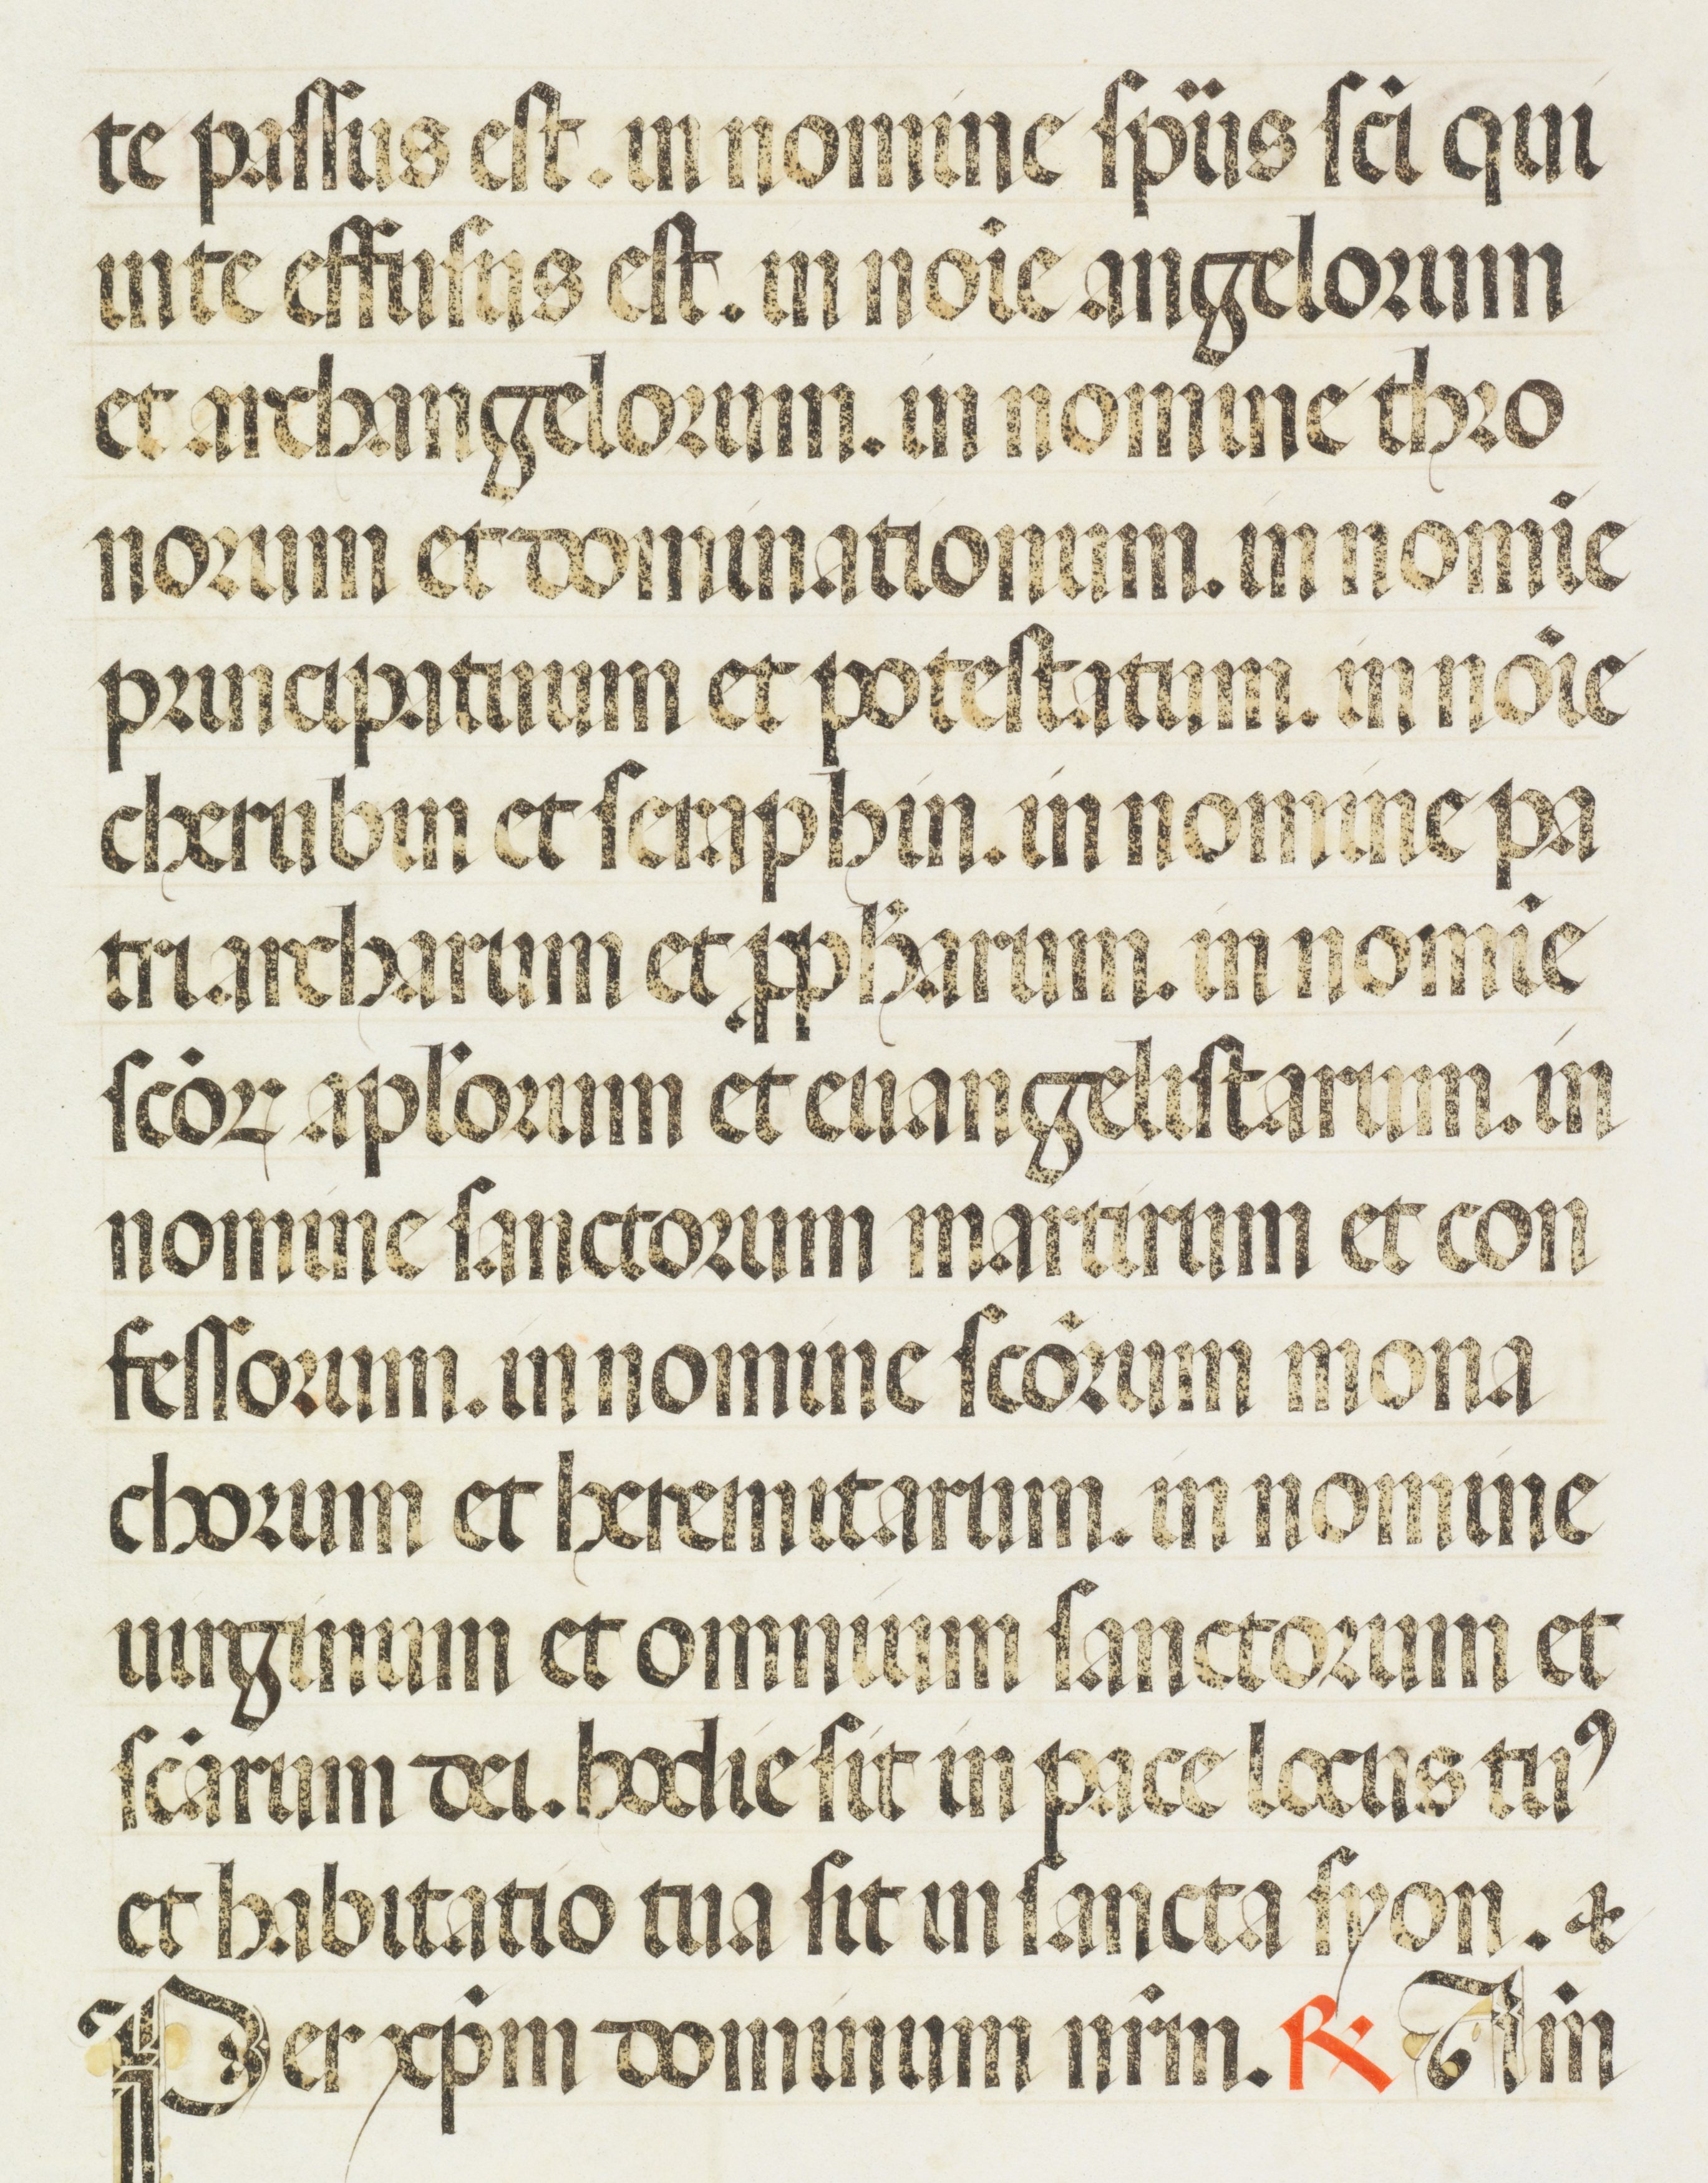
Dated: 1455–1599